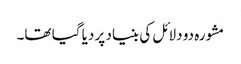
مشورہ دو دلائل کی بنیاد پر دیا گیا تھا۔